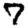
Digit: 7